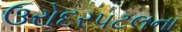
ઉરોદરપટલના